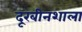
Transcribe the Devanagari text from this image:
दूरबीनशाला